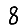
Digit: 8